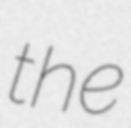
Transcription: the